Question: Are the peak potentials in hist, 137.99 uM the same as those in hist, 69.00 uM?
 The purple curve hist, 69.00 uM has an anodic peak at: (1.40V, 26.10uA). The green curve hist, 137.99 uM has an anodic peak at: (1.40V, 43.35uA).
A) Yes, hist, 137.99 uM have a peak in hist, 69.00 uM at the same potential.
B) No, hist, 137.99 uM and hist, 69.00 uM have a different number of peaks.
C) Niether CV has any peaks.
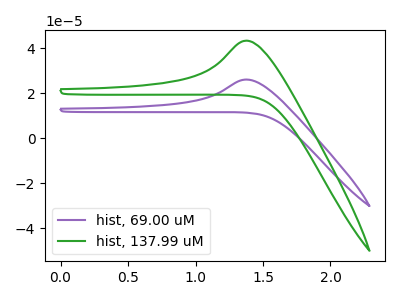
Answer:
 <answer>A) Yes, "hist, 137.99 uM" have a peak in "hist, 69.00 uM" at the same potential.</answer>
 <eval>A</eval>